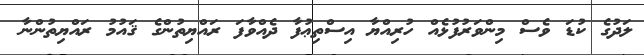
ލަދުގެ ކުޑަ ވެސް މިންވަރުފުޅެއް ހުރިއްޔާ އިސްތިޢުފާ ދެއްވާފަ ރައްޔިތުންގެ ޤައުމު ރައްޔިތުންނާ